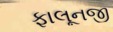
ફાલૂનજી